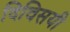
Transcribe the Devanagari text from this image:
दिविसयी